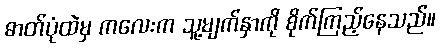
ဓာတ်ပုံထဲမှ ကလေးက သူ့မျက်နှာကို စိုက်ကြည့်နေသည်။